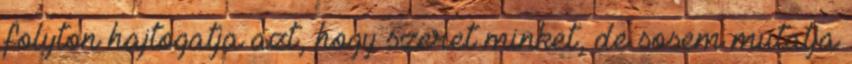
folyton hajtogatja azt, hogy szeret minket, de sosem mutatja